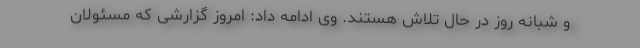
و شبانه روز در حال تلاش هستند. وی ادامه داد: امروز گزارشی که مسئولان